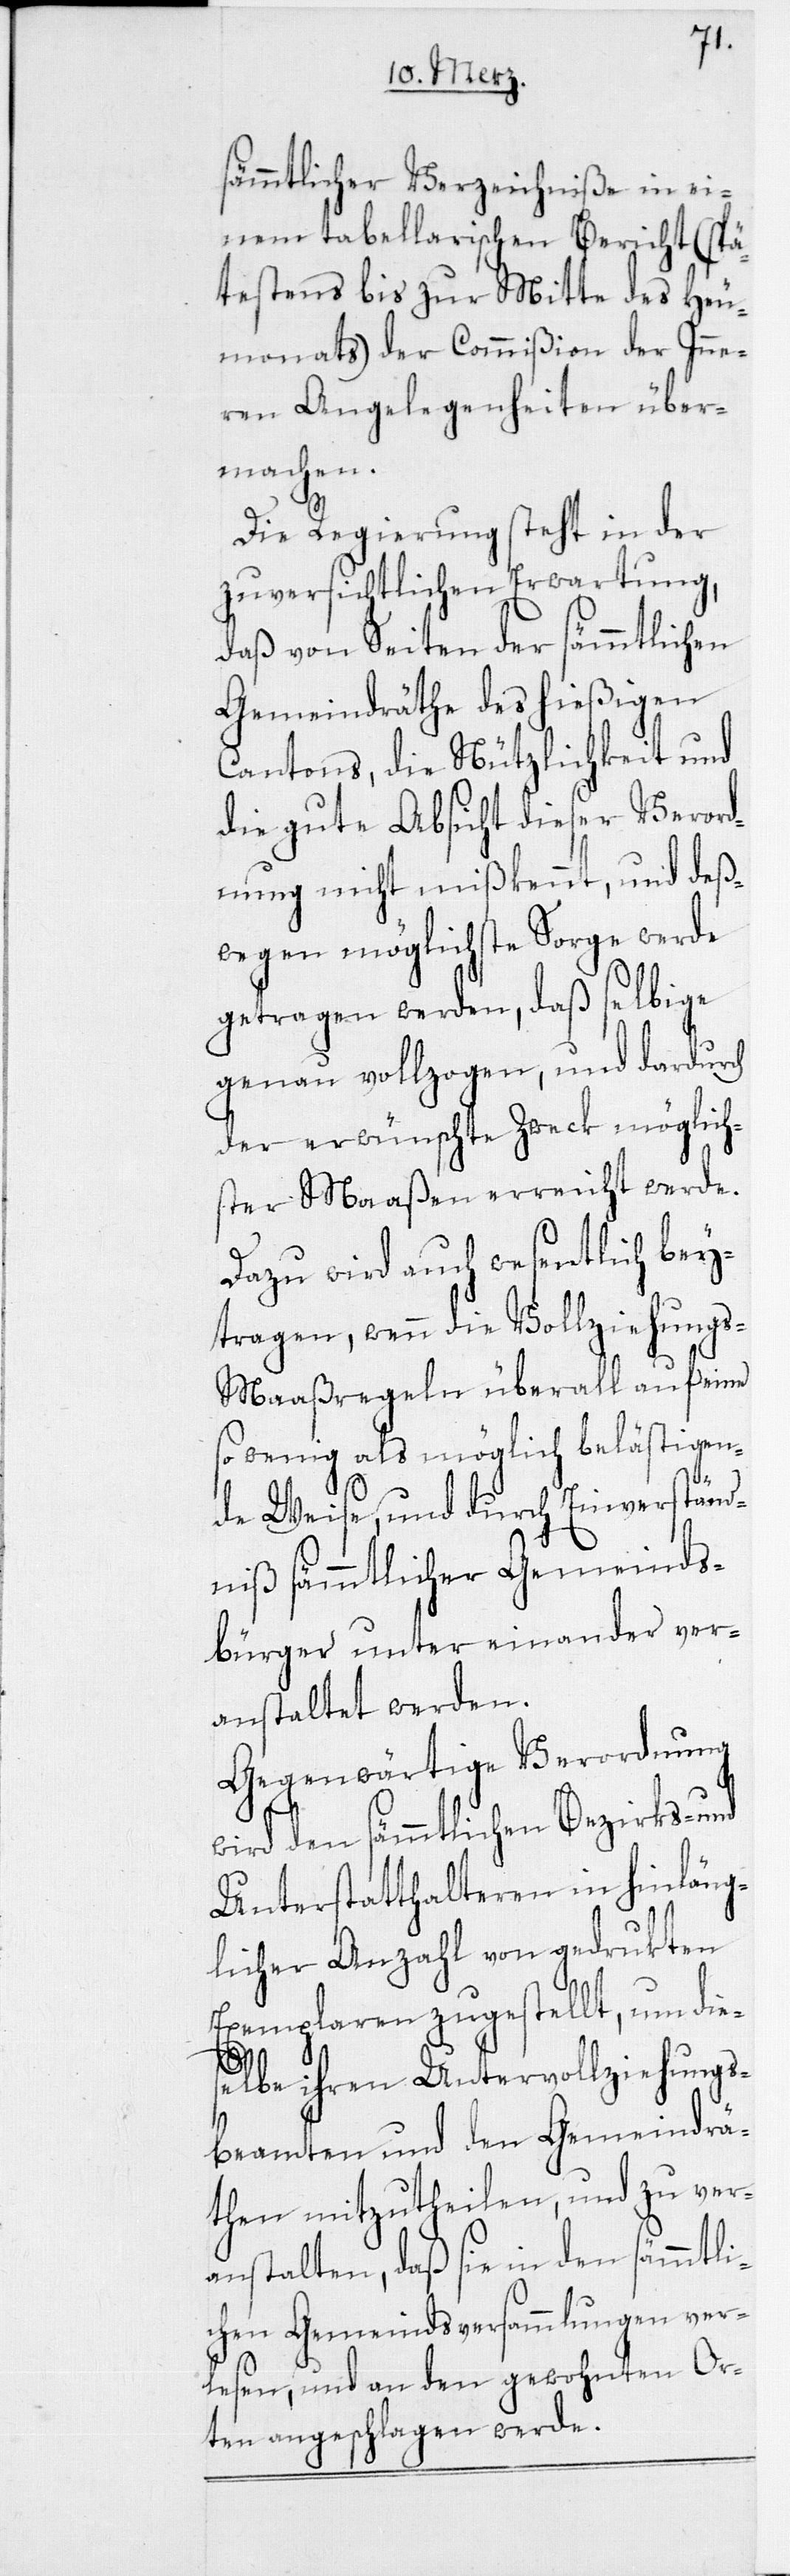
sämmtlicher Verzeichniße in ei¬
nem tabellarischen Bericht (spä¬
testens bis zur Mitte des Heu¬
monats) der Commißion der Inne¬
ren Angelegenheiten über¬
machen.
Die Regierung steht in der
zuversichtlichen Erwartung,
daß von Seiten der sämmtlichen
Gemeindräthe des hießigen
Cantons, die Nützlichkeit und
die gute Absicht dieser Verord¬
nung nicht mißkennt, und deß¬
wegen möglichste Sorge werde
getragen werden, daß selbige
genau vollzogen, und dardurch
der erwünschte Zweck möglich¬
ster Maaßen erreicht werde.
Dazu wird auch wesentlich bey¬
tragen, wenn die Vollziehung¬
s-Maaßregeln überall auf eine
so wenig als möglich belästigen¬
de Weise, und durch Einverständ¬
niß sämmtlicher Gemeinds¬
bürger unter einander ver¬
anstaltet werden.
Gegenwärtige Verordnung
wird den sämmtlichen Bezirks- und
Unterstatthalteren in hinläng¬
licher Anzahl von gedrukten
Exemplaren zugestellt, um die¬
selbe ihren Untervollziehungs¬
beamten und den Gemeindrä¬
then mitzutheilen, und zu ver¬
anstalten, daß sie in den sämmtli¬
chen Gemeinds-Versammlungen ver¬
lesen, und an den gewohnten Or¬
ten angeschlagen werde.